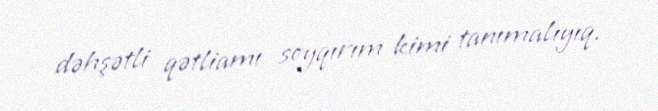
dəhşətli qətliamı soyqırım kimi tanımalıyıq.